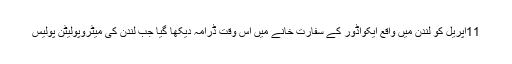
11اپریل کو لندن میں واقع ایکواڈور کے سفارت خانے میں اس وقت ڈرامہ دیکھا گیا جب لندن کی میٹروپولیٹن پولیس